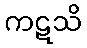
ကဋသိ